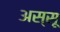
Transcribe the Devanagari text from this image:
अस्सू